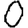
Digit: 0